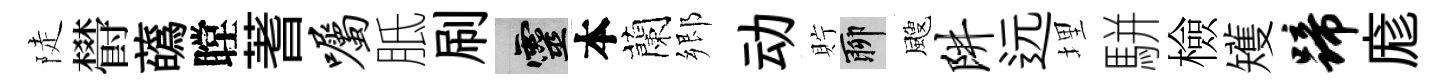
陡欎蘤瞠蓍嘱胝刷靈本蘭郷动貯聊颼阱远埋駢檢矱蹄庬